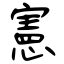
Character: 憲